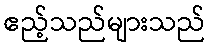
ဧည့်သည်များသည်